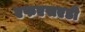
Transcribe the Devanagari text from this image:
एफएसएडी